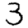
Digit: 3